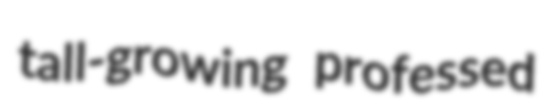
tall-growing professed